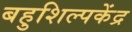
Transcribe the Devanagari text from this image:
बहुशिल्पकेंद्र